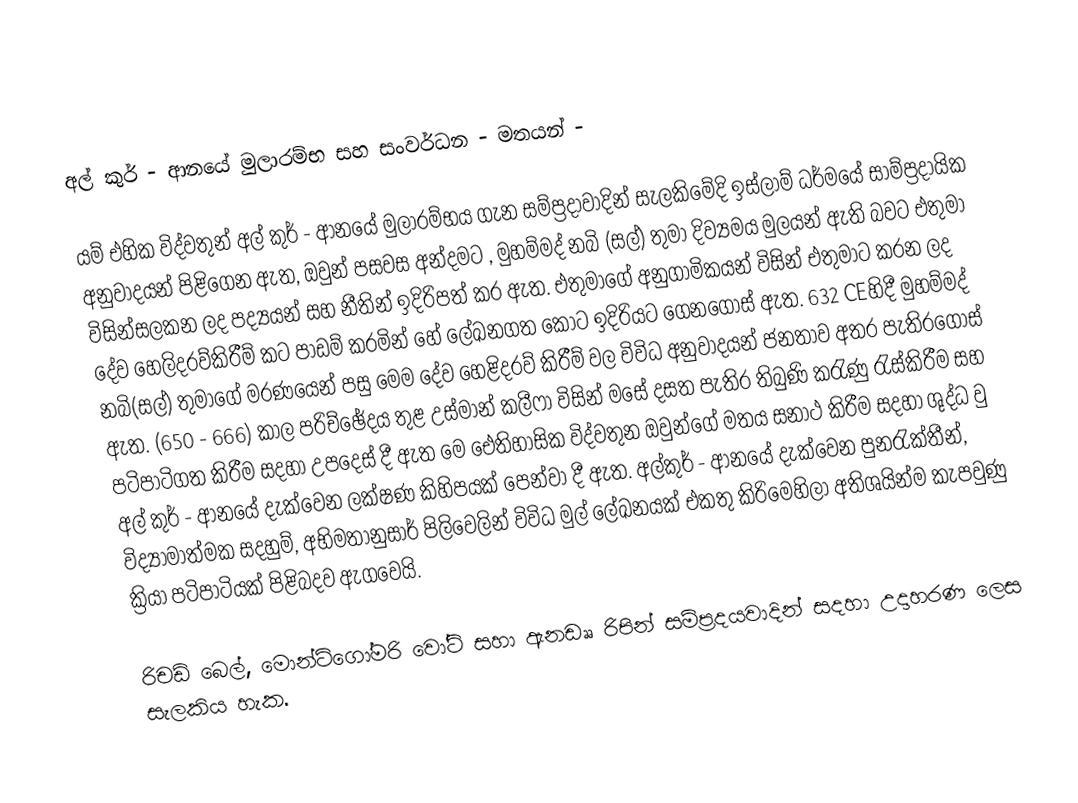
අල් කුර් - ආනයේ මුලාරම්භ සහ සංවර්ධන - මතයන් -

යම් එහික විද්වතුන් අල් කුර් - ආනයේ මුලාරම්භය ගැන සම්ප්‍රදාවාදින් සැලකිමේදි ඉස්ලාම් ධර්මයේ සාම්ප්‍රදායික අනුවාදයන් පිළිගෙන ඇත, ඔවුන් පසවස අන්දමට , මුහම්මද් නබි (සල්) තුමා දිව්‍යමය මුලයන් ඇති බවට එතුමා විසින්සලකන ලද පද්‍යයන් සහ නීතින් ඉදිරිපත් කර ඇත. එතුමාගේ අනුගාමිකයන් විසින් එතුමාට කරන ලද දේව හෙලිදරව්කිරීම් කට පාඩම් කරමින් හේ ලේඛනගත කො‍ට ඉදිරියට ගෙනගොස් ඇත. 632 CEහිදී මුහම්මද් නබි(සල්) තුමාගේ මරණයෙන් පසු මෙම දේව හෙළිදරව් කිරීම් වල විවිධ අනුවාදයන් ජනතාව අතර පැතිරගොස් ඇත. (650 - 666) කාල පරිච්ඡේදය තුළ උස්මාන් කලීෆා විසින් මසේ දසත පැතිර තිබුණි කරැණු රැස්කිරීම සහ පටිපාටිගත කිරීම සදහා උපදෙස් දී ඇත මෙ ඓතිහාසික විද්වතුන ඔවුන්ගේ මතය සනාථ කිරීම සදහා ශුද්ධ වු අල් කුර් - ආන‍යේ දැක්වෙන ලක්ෂණ කිහිපයක් පෙන්වා දී ඇත. අල්කුර් - ආනයේ දැක්වෙන පුනරැක්තීන්, විද්‍යාමාත්මක සදහුම්, අභිමතානුසාර් පිලිවෙලින් විවිධ මුල් ලේඛනයක් එකතු කිරිමෙහිලා අතිශයින්ම කැපවුණු ක්‍රියා පටිපාටියක් පිළිබදව ඇගවෙයි.

රිචඩ් බෙල්, මොන්ට්ගෝමරි වෝට් සහා ඇනඩෲ රිපින් සම්ප්‍රදයවාදින් සදහා උදාහරණ ලෙස සැලකිය හැක.